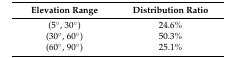
| Elevation Range | Distribution Ratio |
 | --- | --- |
 | (5°, 30°) | 24.6% |
 | (30°, 60°) | 50.3% |
 | (60°, 90°) | 25.1% |